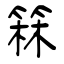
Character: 箖